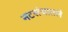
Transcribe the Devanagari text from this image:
नटसंचातले